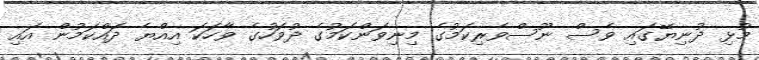
މުޅި ދުނިޔޭގައި ވެސް ނޫސްވެރިކަމުގެ މިނިވަންކަމުގެ ދުވަހުގެ ވާހަކަ އިއްޔެ ދައްކަމުން އައި